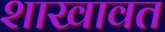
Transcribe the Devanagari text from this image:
शाखावत